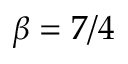
\beta = 7 / 4